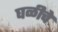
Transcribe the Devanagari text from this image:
घळीचे